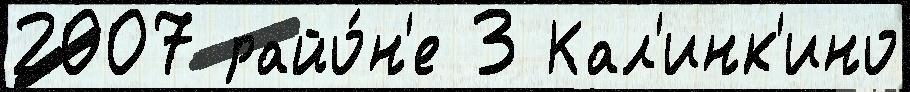
2007 райо́н'е 3 Кал'инк'ино